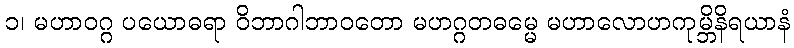
၁၊ မဟာဝဂ္ဂ ပယောဓရာ ဝိဘာဂါဘာဝတော မဟဂ္ဂတဓမ္မေ မဟာလောဟကုမ္ဘိနိရယာနံ